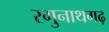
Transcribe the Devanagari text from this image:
रगुनाथगढ़